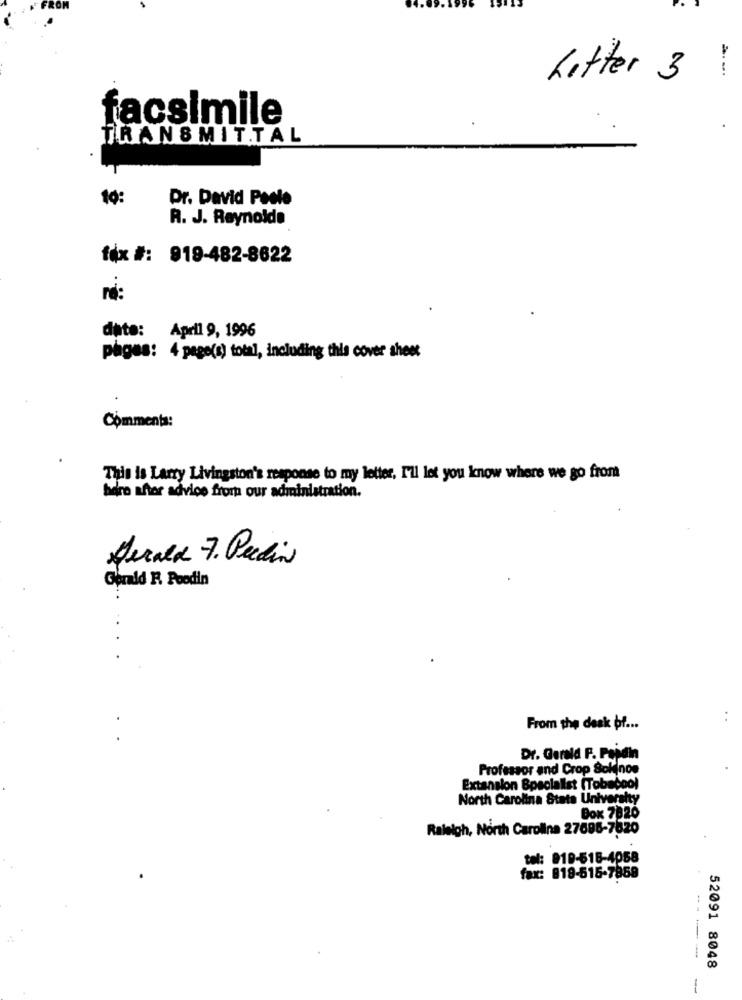
Litter 3
facsimile
TRANSMITTAL
10:
Dr. David Peste
R. J. Reynolds
fax #: 919-482-8622
re:
date: April 9, 1996
pages: 4 page(s) total, including this cover sheet
Comments:
This is Larry Livingston's response to my letter, I'll let you know where we go from
here after advice from our administration.
Jerald 7. Pedin
Gerald R Roodin
From the desk bf ...
Dr. Gerald F. Papdin
Professor and Crop Soldinos
Extension Specialist (Tobeboo)
North Carolina State University
Box 7920
Raleigh, North Carolina 27696-7820
tel: 919-516-4058
fax: 819-515-7859
52091 8048
-